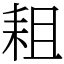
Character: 耝